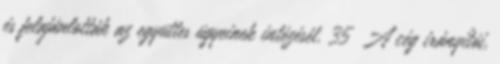
és felajánlották az együttes ügyeinek intézését. 35 A cég irányítói,